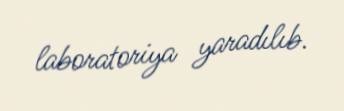
laboratoriya yaradılıb.